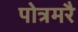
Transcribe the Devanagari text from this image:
पोत्रमरै